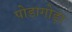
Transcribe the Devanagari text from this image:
पोडागोड़ा